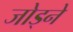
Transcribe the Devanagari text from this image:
जोड्ने